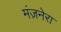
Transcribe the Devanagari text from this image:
मंज़नेरा